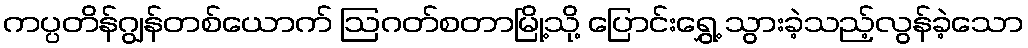
ကပ္ပတိန်ဂျွန်တစ်ယောက် ဩဂတ်စတာမြို့သို့ ပြောင်းရွှေ့ သွားခဲ့သည့်လွန်ခဲ့သော